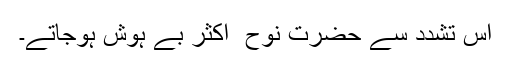
اس تشدد سے حضرت نوح ؑ اکثر بے ہوش ہوجاتے۔